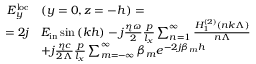
\begin{array} { r l } { E _ { y } ^ { \mathrm { l o c } } } & { \left( y = 0 , z = - h \right) = } \\ { = 2 j } & { E _ { \mathrm { i n } } \sin { \left( k h \right) } - j \frac { \eta \omega } { 2 } \frac { p } { l _ { x } } \sum _ { n = 1 } ^ { \infty } \frac { H _ { 1 } ^ { \left( 2 \right) } \left( n k \Lambda \right) } { n \Lambda } } \\ & { + j \frac { \eta c } { 2 \Lambda } \frac { p } { l _ { x } } \sum _ { m = - \infty } ^ { \infty } \beta _ { m } e ^ { - 2 j \beta _ { m } h } } \end{array}